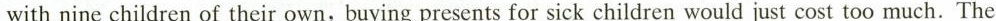
with nine children of their own, buying presents for sick children would just cost too much. The